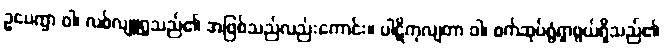
ဥပေက္ခာ ဝါ၊ လစ်လျူရှုသည်၏ အဖြစ်သည်လည်းကောင်း။ ပါဋိကုလျတာ ဝါ၊ စက်ဆုပ်ရွံရှာဖွယ်ရှိသည်၏